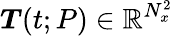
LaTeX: \boldsymbol{T}(t;P)\in\mathbb{R}^{N_{x}^{2}}